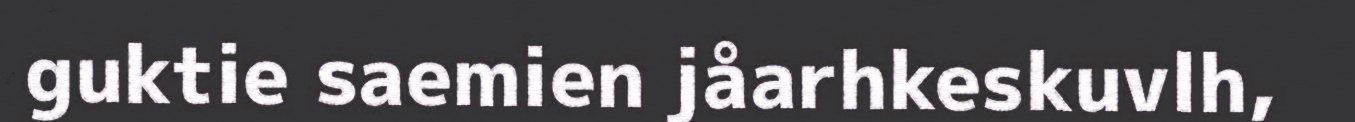
guktie saemien jåarhkeskuvlh,